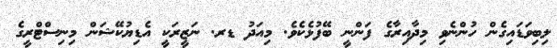
ލިބިވަޑައިގެން ހުންނެވި މިދާއިރާގެ ފަންނީ ބޭފުޅެކެވެ. މިއަދު ޑރ. ނަޒީރަކީ އެޑިޔުކޭޝަން މިނިސްޓްރީގެ